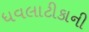
ધવલાટીકાની